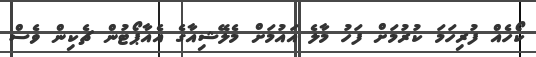
ކޯހެއް ފުރިހަމަ ކުރުމަށް ފަހު މާލެ އަައުމަށް މެލޭޝިއާގެ އެއާޕޯޓުން ޗެކިން ވެސް